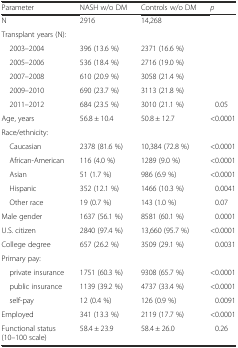
<table><thead><tr><td><b>Parameter</b></td><td><b>NASH w/o DM</b></td><td><b>Controls w/o DM</b></td><td><b><i>p</i></b></td></tr></thead><tbody><tr><td>N</td><td>2916</td><td>14,268</td><td></td></tr><tr><td>Transplant years (N):</td><td></td><td></td><td></td></tr><tr><td> 2003–2004</td><td>396 (13.6 %)</td><td>2371 (16.6 %)</td><td></td></tr><tr><td> 2005–2006</td><td>536 (18.4 %)</td><td>2716 (19.0 %)</td><td></td></tr><tr><td> 2007–2008</td><td>610 (20.9 %)</td><td>3058 (21.4 %)</td><td></td></tr><tr><td> 2009–2010</td><td>690 (23.7 %)</td><td>3113 (21.8 %)</td><td></td></tr><tr><td> 2011–2012</td><td>684 (23.5 %)</td><td>3010 (21.1 %)</td><td>0.05</td></tr><tr><td>Age, years</td><td>56.8 ± 10.4</td><td>50.8 ± 12.7</td><td>&lt;0.0001</td></tr><tr><td>Race/ethnicity:</td><td></td><td></td><td></td></tr><tr><td> Caucasian</td><td>2378 (81.6 %)</td><td>10,384 (72.8 %)</td><td>&lt;0.0001</td></tr><tr><td> African-American</td><td>116 (4.0 %)</td><td>1289 (9.0 %)</td><td>&lt;0.0001</td></tr><tr><td> Asian</td><td>51 (1.7 %)</td><td>986 (6.9 %)</td><td>&lt;0.0001</td></tr><tr><td> Hispanic</td><td>352 (12.1 %)</td><td>1466 (10.3 %)</td><td>0.0041</td></tr><tr><td> Other race</td><td>19 (0.7 %)</td><td>143 (1.0 %)</td><td>0.07</td></tr><tr><td>Male gender</td><td>1637 (56.1 %)</td><td>8581 (60.1 %)</td><td>0.0001</td></tr><tr><td>U.S. citizen</td><td>2840 (97.4 %)</td><td>13,660 (95.7 %)</td><td>&lt;0.0001</td></tr><tr><td>College degree</td><td>657 (26.2 %)</td><td>3509 (29.1 %)</td><td>0.0031</td></tr><tr><td>Primary pay:</td><td></td><td></td><td></td></tr><tr><td> private insurance</td><td>1751 (60.3 %)</td><td>9308 (65.7 %)</td><td>&lt;0.0001</td></tr><tr><td> public insurance</td><td>1139 (39.2 %)</td><td>4737 (33.4 %)</td><td>&lt;0.0001</td></tr><tr><td> self-pay</td><td>12 (0.4 %)</td><td>126 (0.9 %)</td><td>0.0091</td></tr><tr><td>Employed</td><td>341 (13.3 %)</td><td>2119 (17.7 %)</td><td>&lt;0.0001</td></tr><tr><td>Functional status (10–100 scale)</td><td>58.4 ± 23.9</td><td>58.4 ± 26.0</td><td>0.26</td></tr></tbody></table>